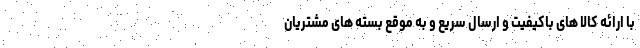
با ارائه کالا های باکیفیت و ارسال سریع و به موقع بسته های مشتریان